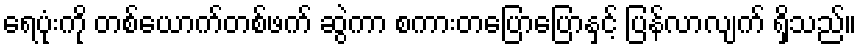
ရေပုံးကို တစ်ယောက်တစ်ဖက် ဆွဲကာ စကားတပြောပြောနှင့် ပြန်လာလျက် ရှိသည်။